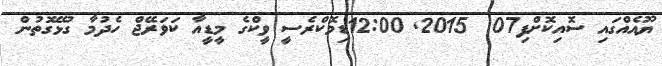
ޔޫއެއްގައި ސޮއިކޮށްފި07  2015